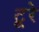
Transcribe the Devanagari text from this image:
टूरे